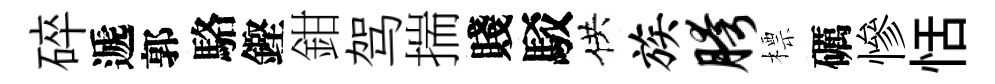
碎遞郭駱鏗鉗驾揣賤駁供族胯標礪慘恬